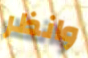
وانظر